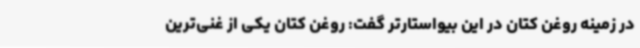
در زمینه روغن کتان در این بیواستارتر گفت: روغن کتان یکی از غنی‌ترین